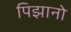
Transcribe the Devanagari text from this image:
पिझानो